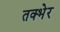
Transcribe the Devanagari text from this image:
तक्भेर